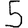
Digit: 5